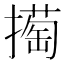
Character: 𢵘